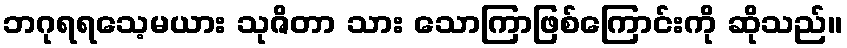
ဘဂုရရသေ့မယား သုဇိတာ သား သောကြာဖြစ်ကြောင်းကို ဆိုသည်။